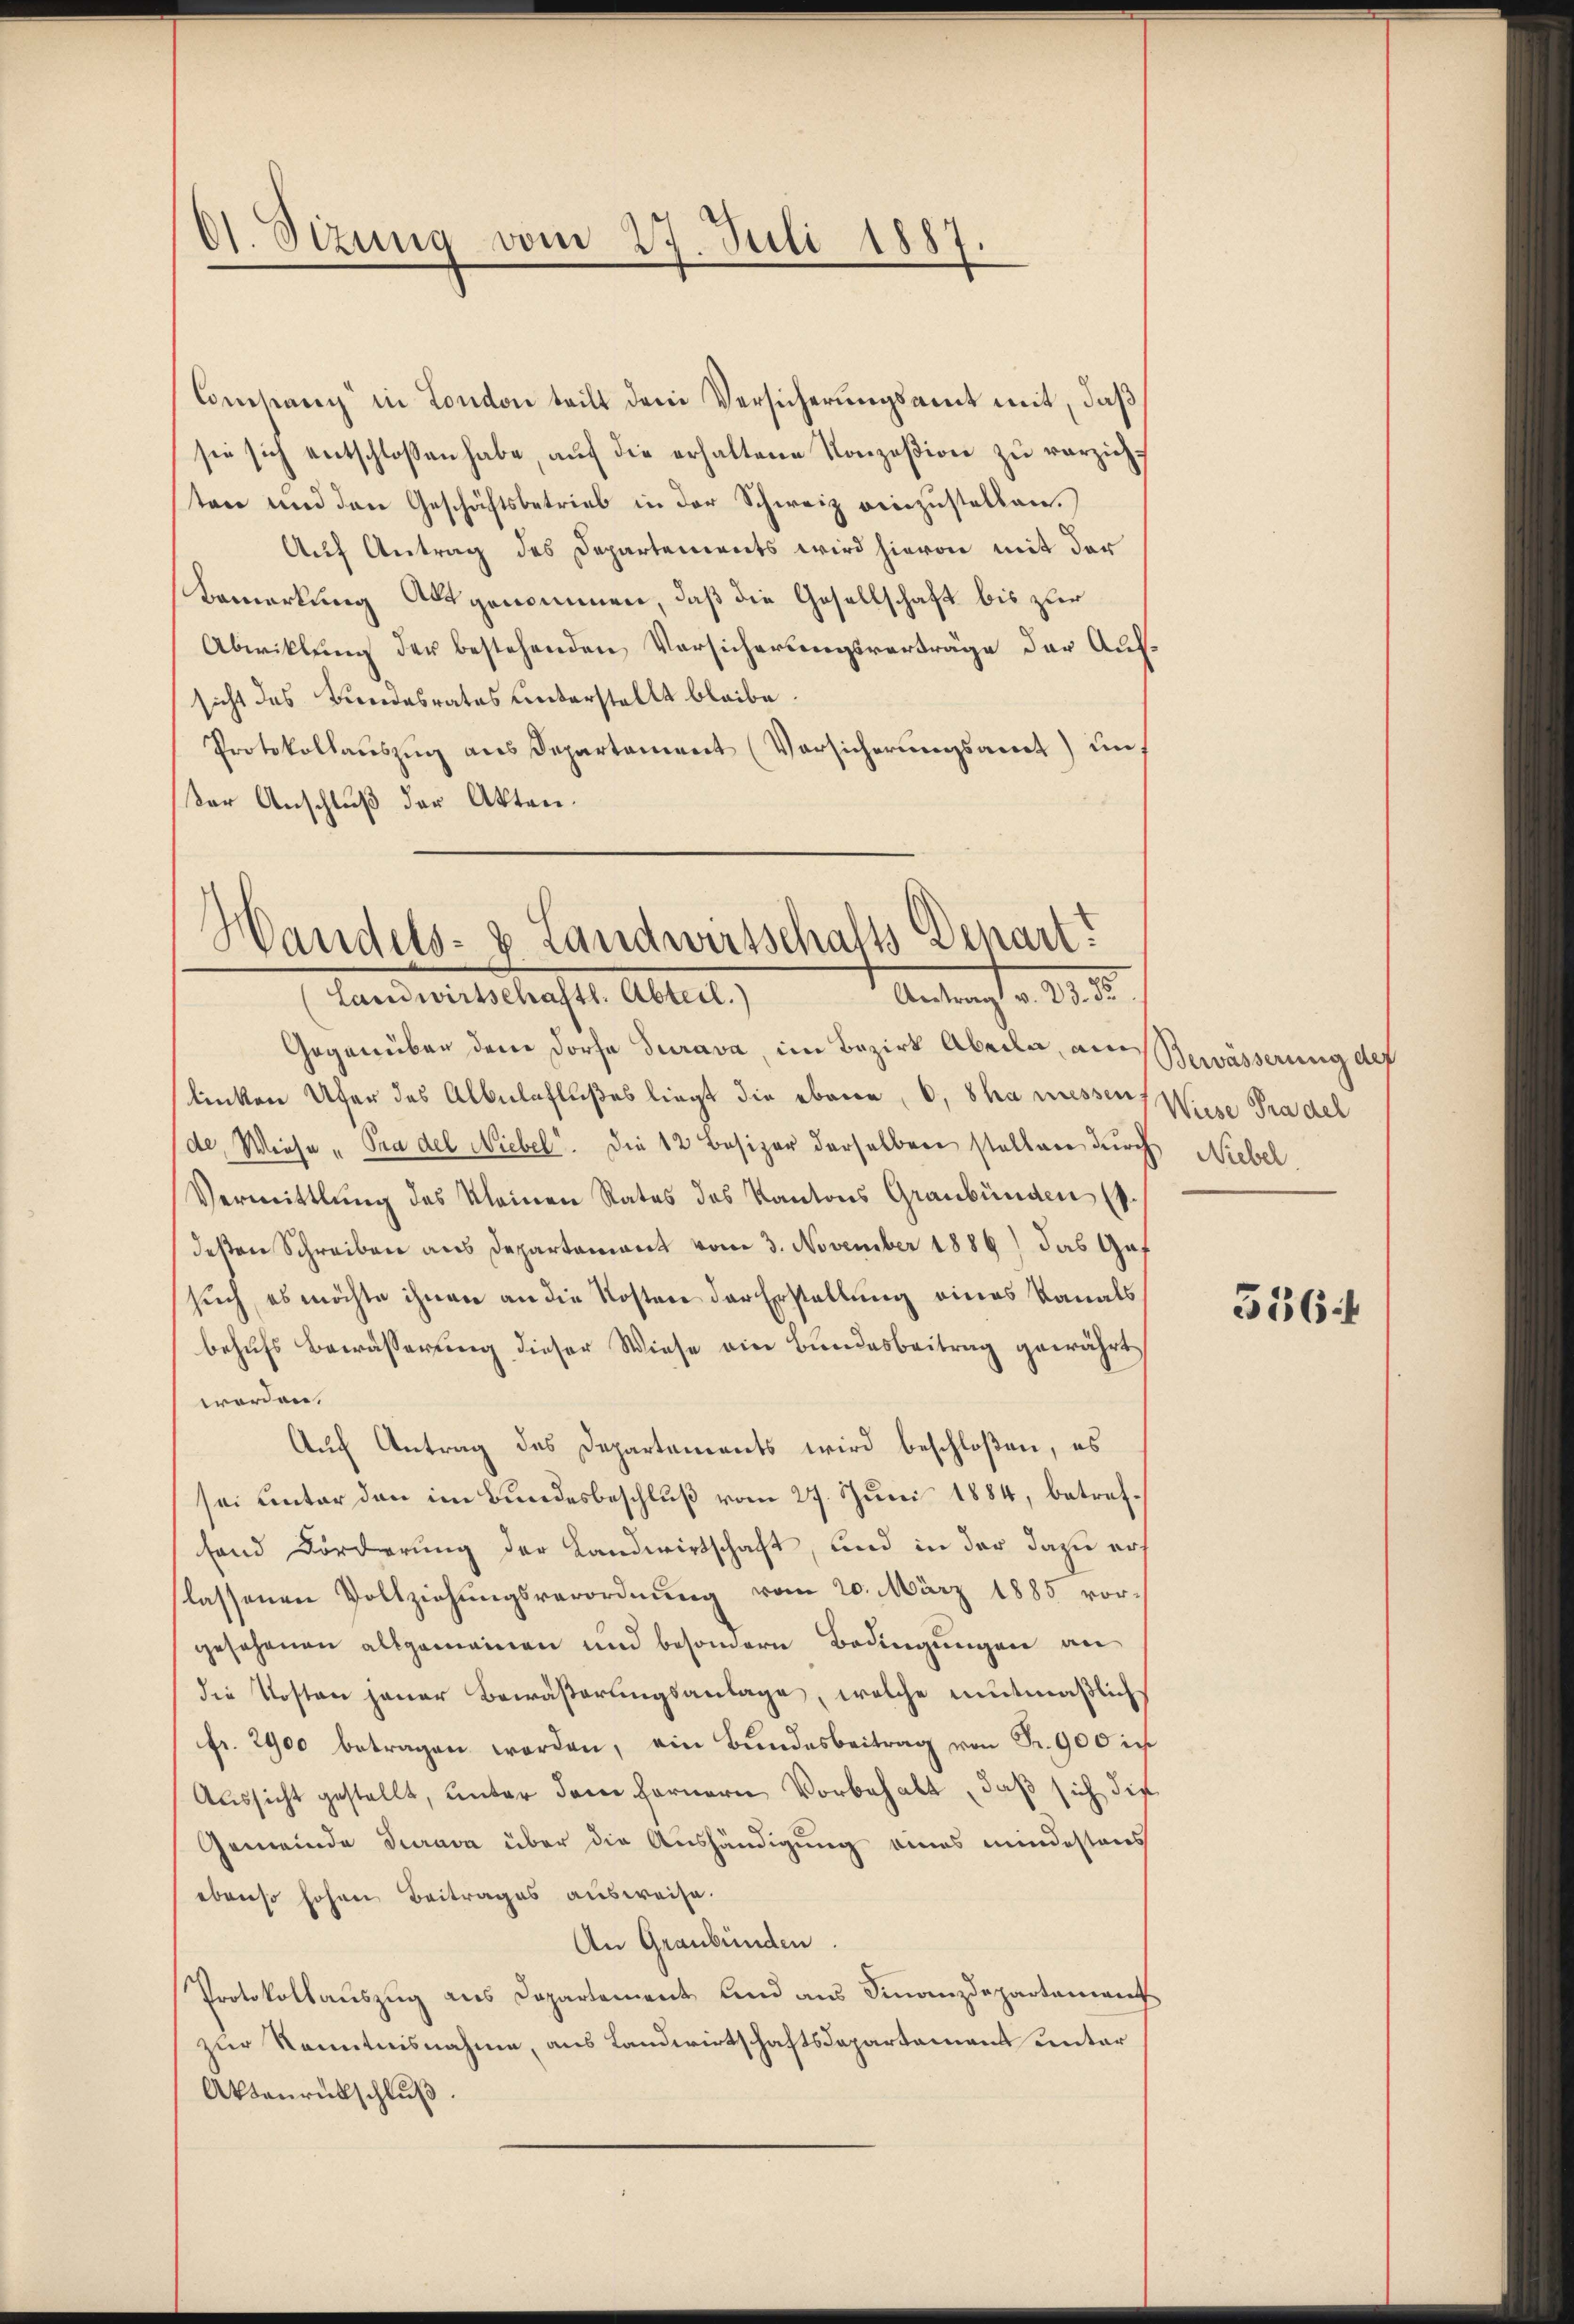
Ol. Sizung vom 27. Juli 1887

Conlang in London teilt dem Versicherungsamt mit, daß
sie sich entschlossen habe, aŭf die erhaltene Konzesion zu verzicht
sten und den Geschäftsbetrieb in der Schweiz einzustellen.
Auf Antrag des Departements wird hievon mit der
Bemerkung Altgenommen, daß die Gesellschaft bis zur
Abwicklung der bestehenden Versicherungsverträge der Aufsicht des Bundesrates unterstellt bleibe.
Protokollauszug aus Separtement (Vorsicherungsamt under Anschluß der Akten.

Handels- & Landwirtschalts Denart.
Antrag v. 18.
Landwirtschafts-Abteil.)

Gegenüber dem Dorfe Turava, im Bezirk Abeila, an Bewässerung des
linken Ufer des Albulaflußes liegt die ebene, 6, Sha messers Wiese Pradel
de, Wiese „Pra del Niebel. Die 12 Basizer derselben stellen durch Niebel
Vermittlung des Kleinen Rates des Kantons Graubünden (
deßen Schreiben aus Departement vom 3. November 1886) das Gef
such, es möchte ihnen an die Kosten der Erstellung eines Kanals
behufs Bewässerung dieser Wiese ein Bundesbeitrag gewährt,
worden.
Auf Antrag des Departements wird beschloßen, es
sei unter den im Bundesbeschluß vom 27. Juni 1884, betreffand Förderung der Landwirtschaft, und in der dazu ers
lassenen Vollziehungsverordnung vom 20. März 1885 vorgesehenen allgemeinen und besondern Bedingungen an
die Kosten jener Bewäßerungsanlage, welche mutmaßlich
fr. 2900 betragen worden, ein Bŭndesbeitrag von Fr. 900 in
Aussicht gestellt, unter dem fernern Vorbehalt, daß sich die
Gemeinde Turava über die Aushändigung eines mindestens
ebenso hohen Beitrages ausweise.
An Graubünden.
Protokollauszug aus Departement und aus Finanzdepartement
zur Kenntnisnahme, aus Landwirtschaftsdepartement unter
Aktenrückschluß.

516